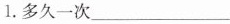
1.多久一次___